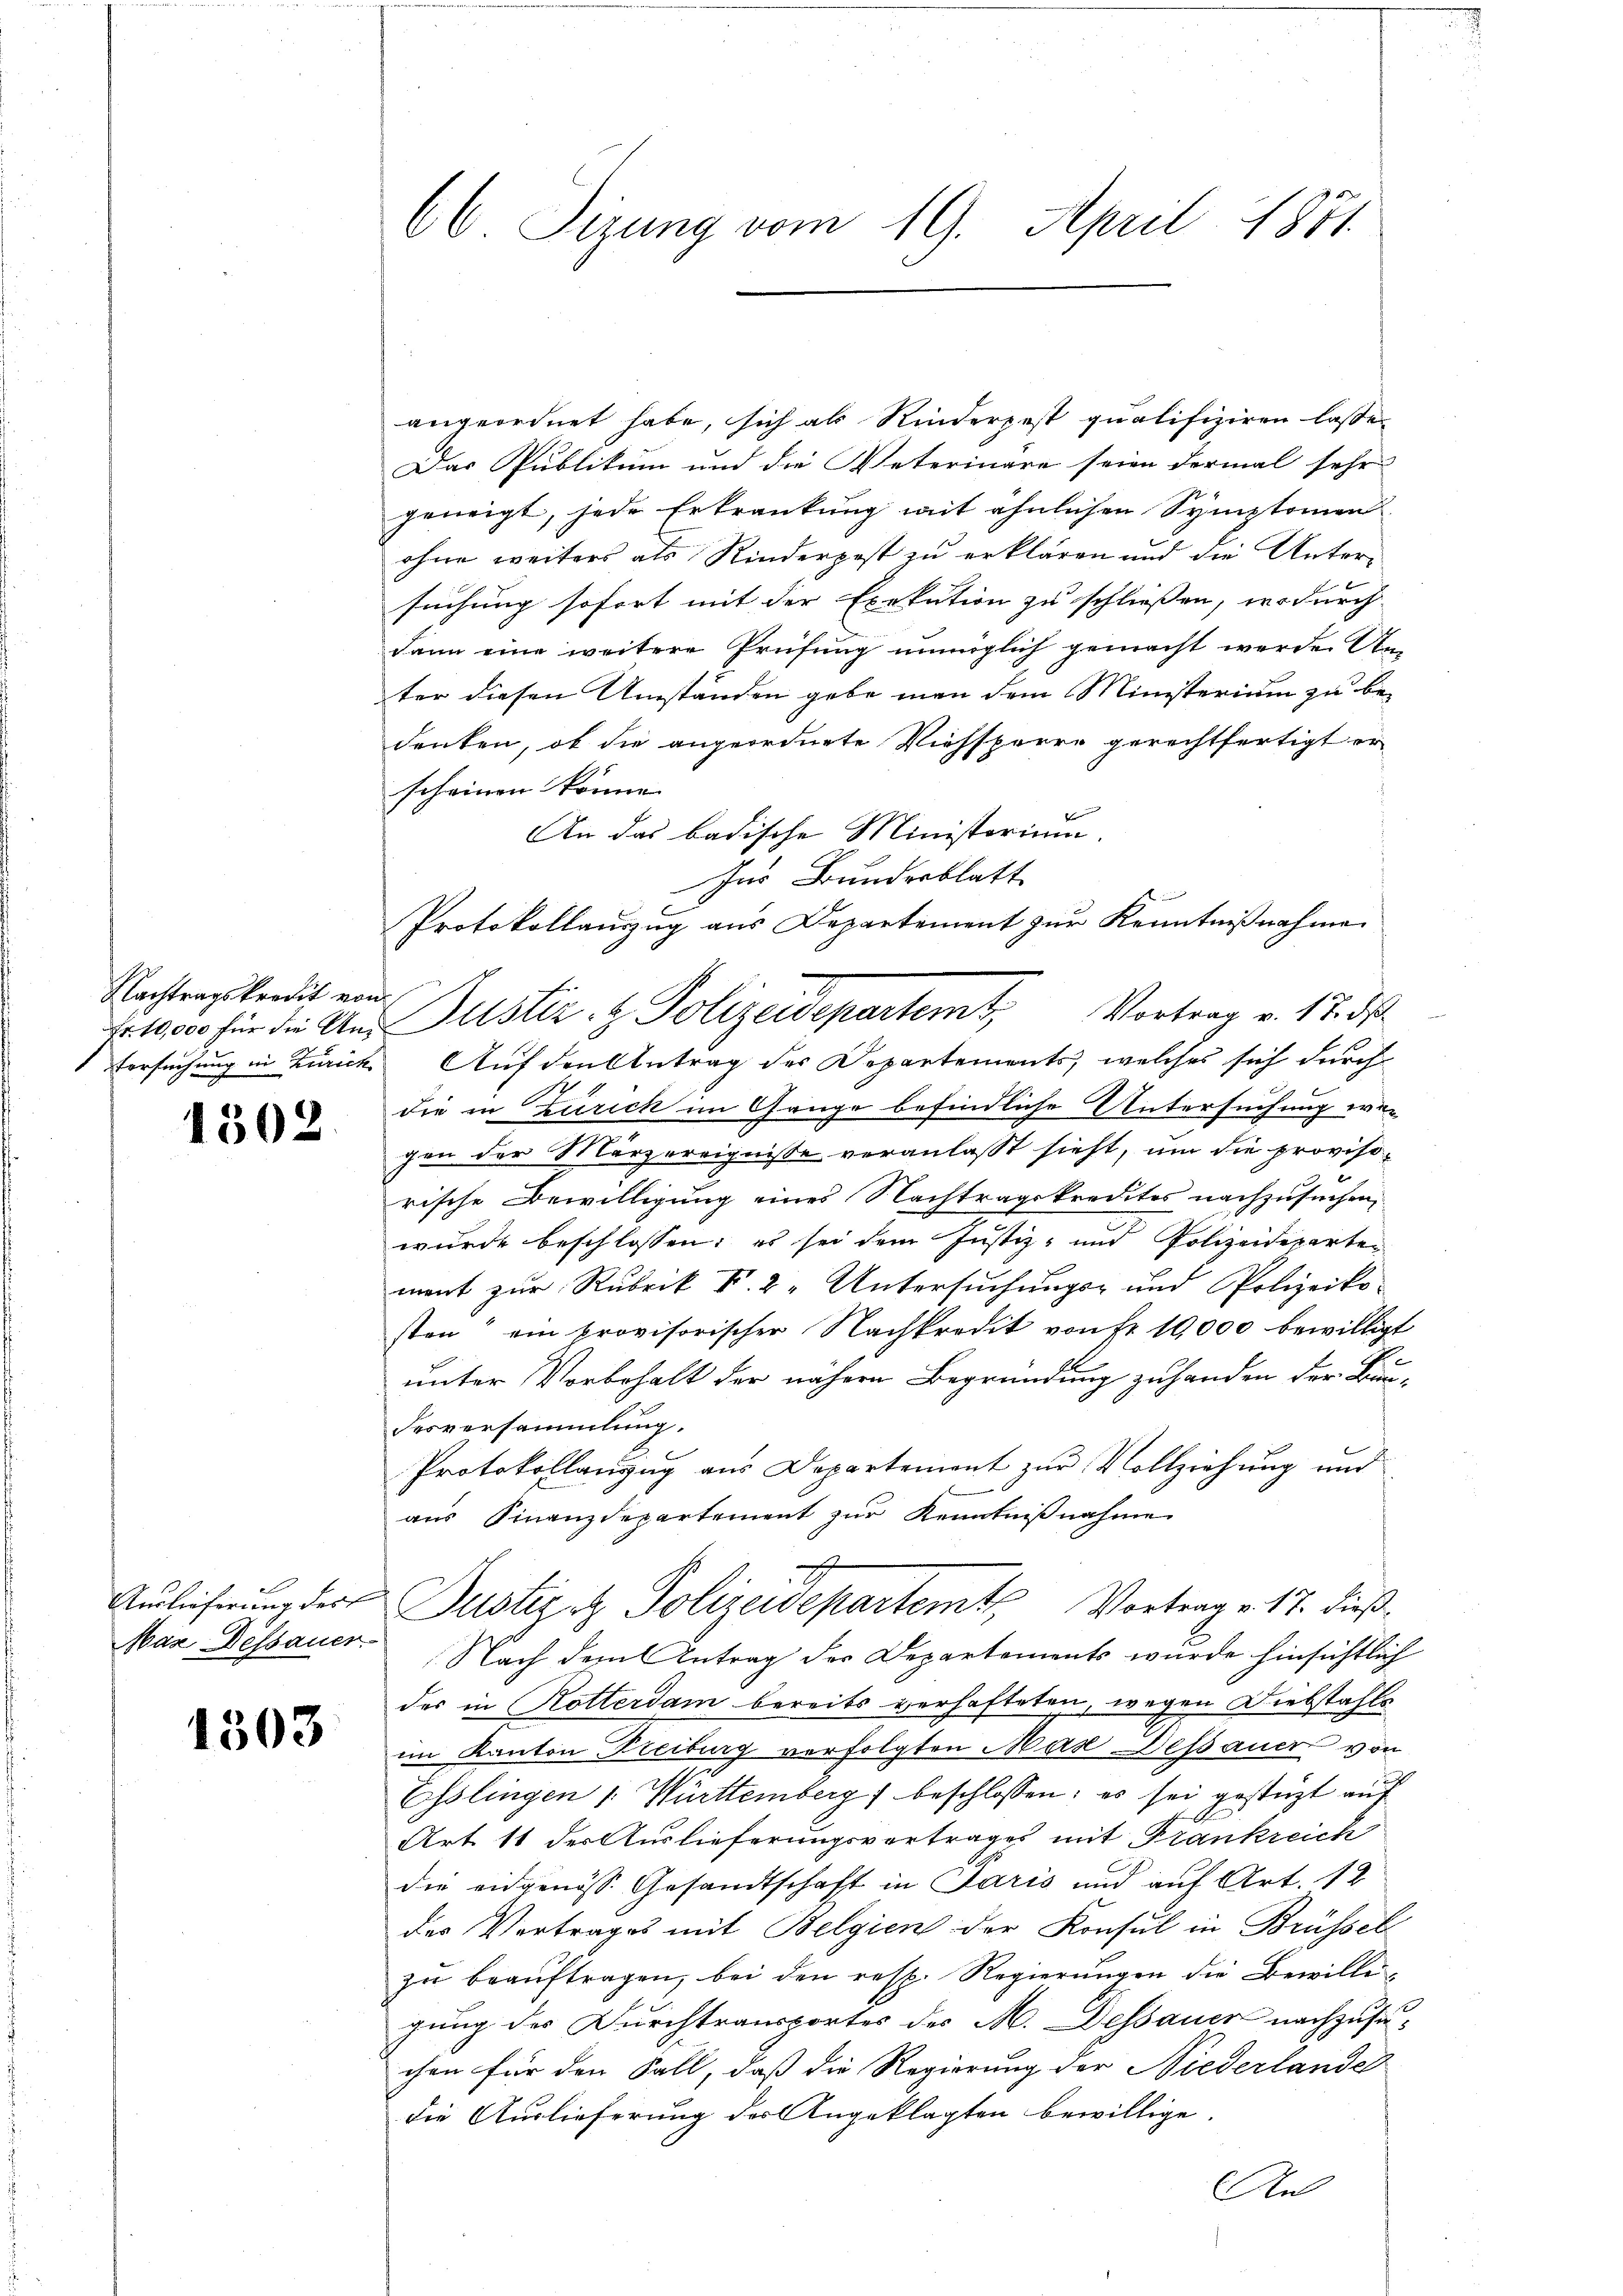
Nachtragskredit von
Versuchung in Zürich

1502

Max Dessauer

1503

66 Sizung vom 19. April 1871.

angeordnet habe, sich als Rinderzest qualifiziren lasse.
Das Publikum und die Vaterinäre seien dermal sehr
geneigt, jede Erkrankung mit ähnlichen Symptomen
ohne weiters als Rinderpost zu erklären und die Untersuchung sofort mit der Exekution zu schließen, wodurch
dann eine weitere Prüfung unmöglich gemacht werde. An-
ter diesen Umständen gebe man dem Ministerium zu be-
denken, ob die angeordnete Viehsperre gerechtfertigt er
scheinen könne.
2
An das badische Ministorium.
Ins Bundesblatt
Protokollauszug aus Departement zur Kenntnißnahme
s
Auf den Antrag der Departements, welches sich durch
die in Zürich im Gange befindliche Untersuchung wegen der Märzereignisse veranlaßt sieht, um die proviso-
2
rische Bewilligung eines Nachtragskredites nachzusuchen,
wurde beschlossen: es sei dem Justiz- und Polizeideparten
ment zur Rubrik V. 2. Untersuchungs- und Polizeiko-
sten ein provisorischer Nachkredit von Fr. 10,000 bewilligt
unter Vorbehalt der nähern Begründung zu handen der Bau-
desversammlung.
Protokollanzug aus Departement zur Vollziehung und
aus Finanzdepartement zur Kenntnißnahme
s
.
Auslieferung der Justizit Polizeidepartemts Vortrag v. 17. dieß-
Nach dem Antrag der Departements wurde hinsichtlich
des in Kotterdam bereits verhafteten, wegen Diebstahls
im Kanton Freiburg verfolgten Max Dessauer von
Esslingen 1. Württemberg beschlossen; es sei gestüzt auf
Art 11 der Auslieferungsvertrages mit Frankreich
die eidgenöss. Gesandtschaft in Paris und auf Art. 12
der Vortrages mit Belgien der Konsul in Brüssel
zŭ beaŭftragen, bei den resp. Regierŭngen die Bewille
gung der Durchtransportes des M. Dessauer nachzusuchen für den Fall, daß die Regierung der Niederlande
die Auslieferung des Angeklagten bewillige.
An

Nr. 10000 für die Uns Justiz- & Polizeidepartemt, Vortrag v. 17. ds